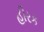
હીરક